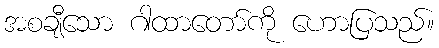
အစချီသော ဂါထာတော်ကို ဟောပြသည်။